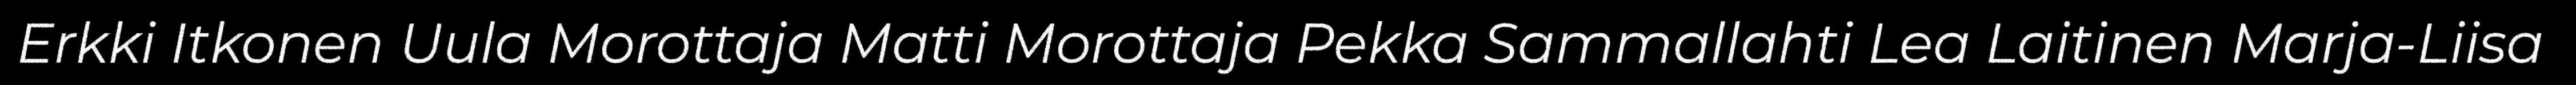
Erkki Itkonen Uula Morottaja Matti Morottaja Pekka Sammallahti Lea Laitinen Marja-Liisa